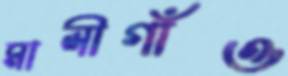
মালীগাঁও